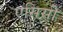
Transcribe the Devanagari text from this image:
एसिसी